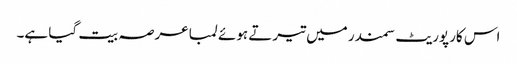
اس کارپوریٹ سمندر میں تیرتے ہوئے لمبا عرصہ بیت گیا ہے۔